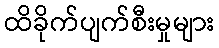
ထိခိုက်ပျက်စီးမှုများ